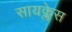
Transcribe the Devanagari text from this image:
सायक्लेस